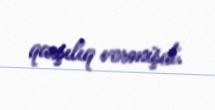
qarşılıq vermişdi.